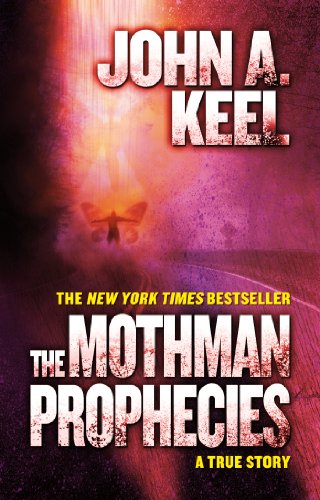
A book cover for The Mothman Prophecies: A True Story; John A. Keel; Science & Math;